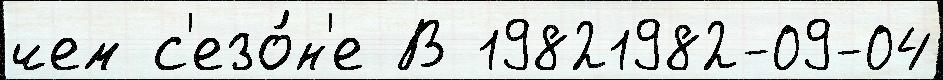
чем с'езо́н'е В 19821982-09-04